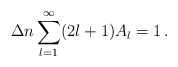
\begin{align*}\Delta n\sum_{l=1}^\infty (2l+1)A_l=1\,{.}\end{align*}